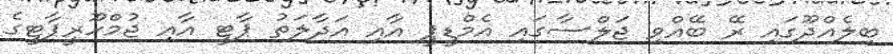
ބިލެއްދޫގައި ރޭ ބޭއްވި ޖަލްސާގައި އެމްޑީޕީ އާއި އަދާލަތު ޕާޓީ އާއި ޖުމްހޫރީޕާޓީގެ